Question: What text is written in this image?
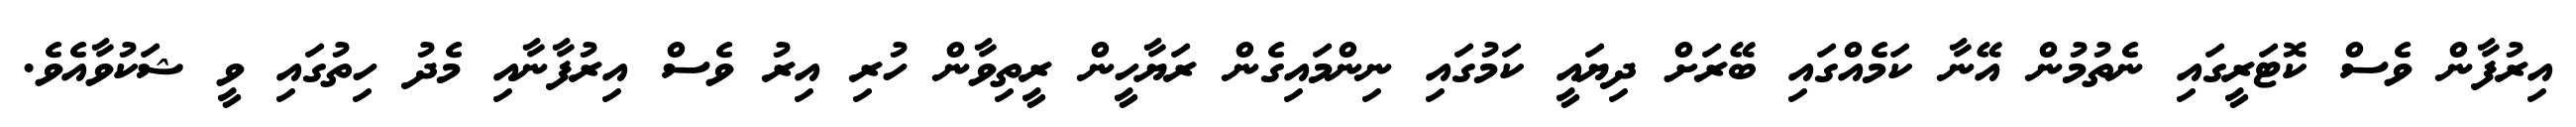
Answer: އިރުފާން ވެސް ކޮޓަރީގައި ނެތުމުން އޭނާ ކަމެއްގައި ބޭރަށް ދިޔައީ ކަމުގައި ނިންމައިގެން ރަޔާހީން ރީތިވާން ހުރި އިރު ވެސް އިރުފާނާއި މެދު ހިތުގައި ވީ ޝަކުވާއެވެ.